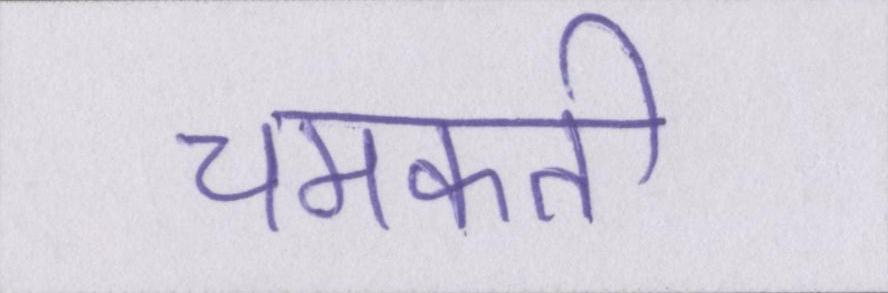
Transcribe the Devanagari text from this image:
चमकती